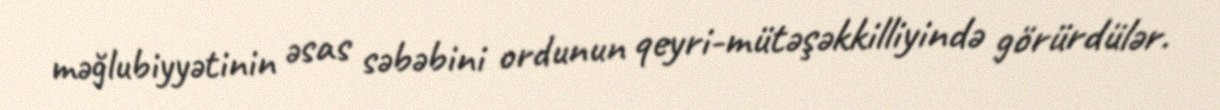
məğlubiyyətinin əsas səbəbini ordunun qeyri-mütəşəkkilliyində görürdülər.